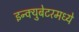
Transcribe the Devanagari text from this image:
इन्क्युबेटरमध्ये